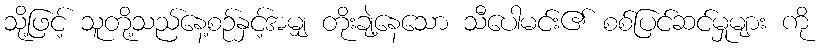
သို့ဖြင့် သူတို့သည်နေ့စဉ်နှင့်အမျှ တိုးချဲ့နေသော သီပေါမင်း၏ စစ်ပြင်ဆင်မှုများ ကို